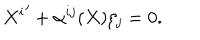
{ X ^ { i } } ^ { \prime } + \alpha ^ { i j } ( X ) \zeta _ { j } = 0 .